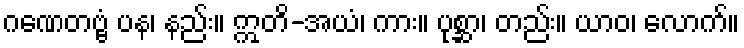
ဂဏေတဗ္ဗံ ပန၊ နည်း။ ဣတိ-အယံ၊ ကား။ ပုစ္ဆာ၊ တည်း။ ယာဝ၊ လောက်။